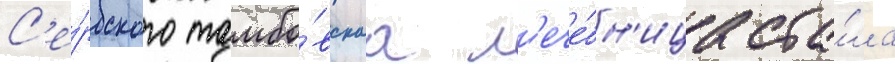
С'е́рбского тамбо́вскаа л'ече́бн'ица ста́ла